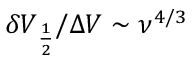
\delta V _ { \frac { 1 } { 2 } } / \Delta V \sim \nu ^ { 4 / 3 }